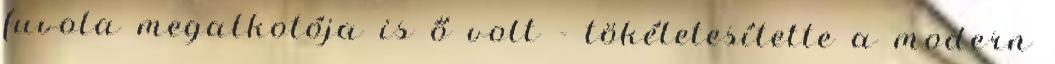
fuvola megalkotója is ő volt - tökéletesítette a modern